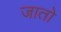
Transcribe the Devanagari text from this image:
जाताे